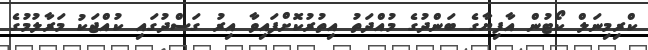
ކްރިމިނަލް ކޯޓުން އާފިޔާގެ ބަންދުގެ މުއްދަތު އިތުރުކޮށްފައިވާ އިރު ގަސްދުގައި ކުއްޖަކު މަރާލުމުގެ